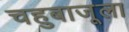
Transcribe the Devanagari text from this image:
चहुबाजूला